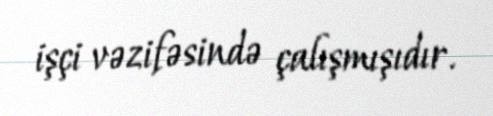
işçi vəzifəsində çalışmışıdır.